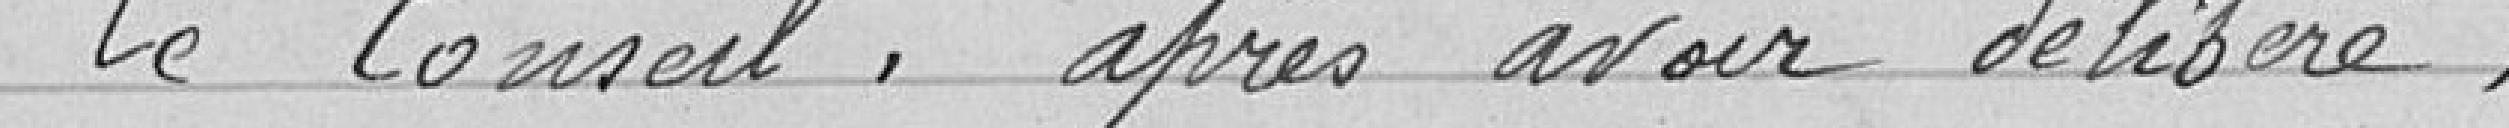
Le Conseil, après avoir délibéré.